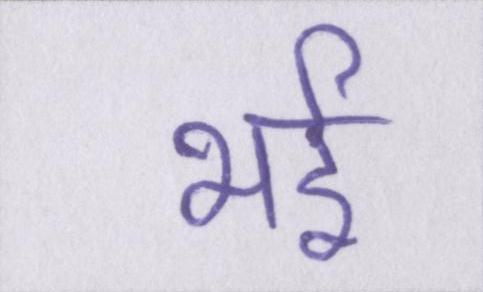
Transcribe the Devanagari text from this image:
भई